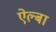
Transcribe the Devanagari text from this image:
ऐल्बा